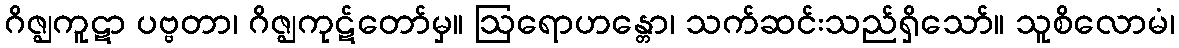
ဂိဇ္ဈကူဋာ ပဗ္ဗတာ၊ ဂိဇ္ဈကုဋ်တော်မှ။ ဩရောဟန္တော၊ သက်ဆင်းသည်ရှိသော်။ သူစိလောမံ၊